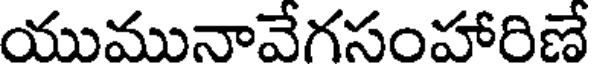
యుమునావేగసంహారిణే